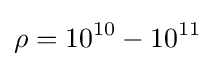
\rho =10^{10}-10^{11}